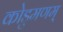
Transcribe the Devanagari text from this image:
कोडुमणम्